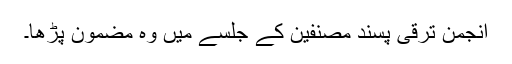
انجمن ترقی پسند مصنفین کے جلسے میں وہ مضمون پڑھا۔